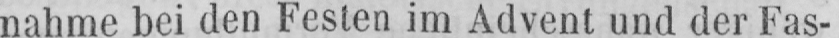
nahme bei den Festen im Advent und der Fas-